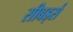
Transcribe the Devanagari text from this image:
सीबर्ड्स